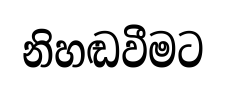
නිහඬවීමට